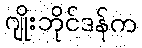
ဂျိုးဘိုင်ဒန်က